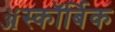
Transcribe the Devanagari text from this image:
ॲस्कॉर्बिक